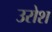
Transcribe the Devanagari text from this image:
उरोश